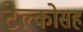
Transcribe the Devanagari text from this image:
टेल्कोसह